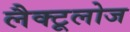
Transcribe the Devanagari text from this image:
लैक्टूलोज